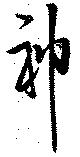
神